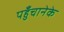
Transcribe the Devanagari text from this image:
पहुँचानेके